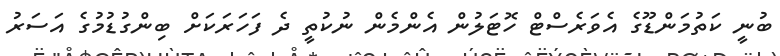
ބުނީ ކަތުމަންޑޫގެ އެވަރެސްޓް ހޮޓަލުން އެންމެން ނުކުތީ ދެ ފަހަރަކަށް ބިންގުޑުމުގެ އަސަރު